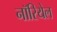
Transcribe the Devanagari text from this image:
नॉरियेल